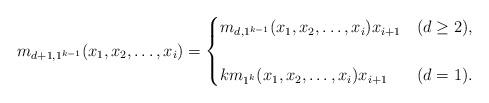
LaTeX: \begin{align*} m_{d+1,1^{k-1}}(x_1,x_2,\ldots,x_i) = \begin{cases} m_{d,1^{k-1}}(x_1,x_2,\ldots,x_i) x_{i+1} &(d\ge2), \\\\ k m_{1^{k}}(x_1,x_2,\ldots,x_i) x_{i+1} &(d=1). \end{cases}\end{align*}